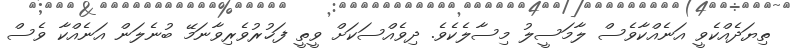
ތިޔަދެއްކެވީ އަނެއްކާވެސް ލާމަސީލު މިސާލެކެވެ. ދިވެއްސަކަށް ވީތީ ފަޚުރުވެރިވާނަމޭ ބުނެލަން އަނެއްކާ ވެސް